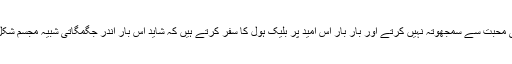
کچھ لوگ ناکامی محبت سے سمجھوتہ نہیں کرتے اور بار بار اس امید پر بلیک ہول کا سفر کرتے ہیں کہ شاید اس بار اندر جگمگاتی شبیہ مجسم شکل میں مل جائے۔